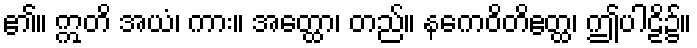
၏။ ဣတိ အယံ၊ ကား။ အတ္ထော၊ တည်။ နကေဝိတိဧတ္ထ၊ ဤပါဠိ၌။